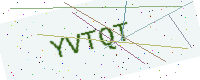
Text: YVTQT